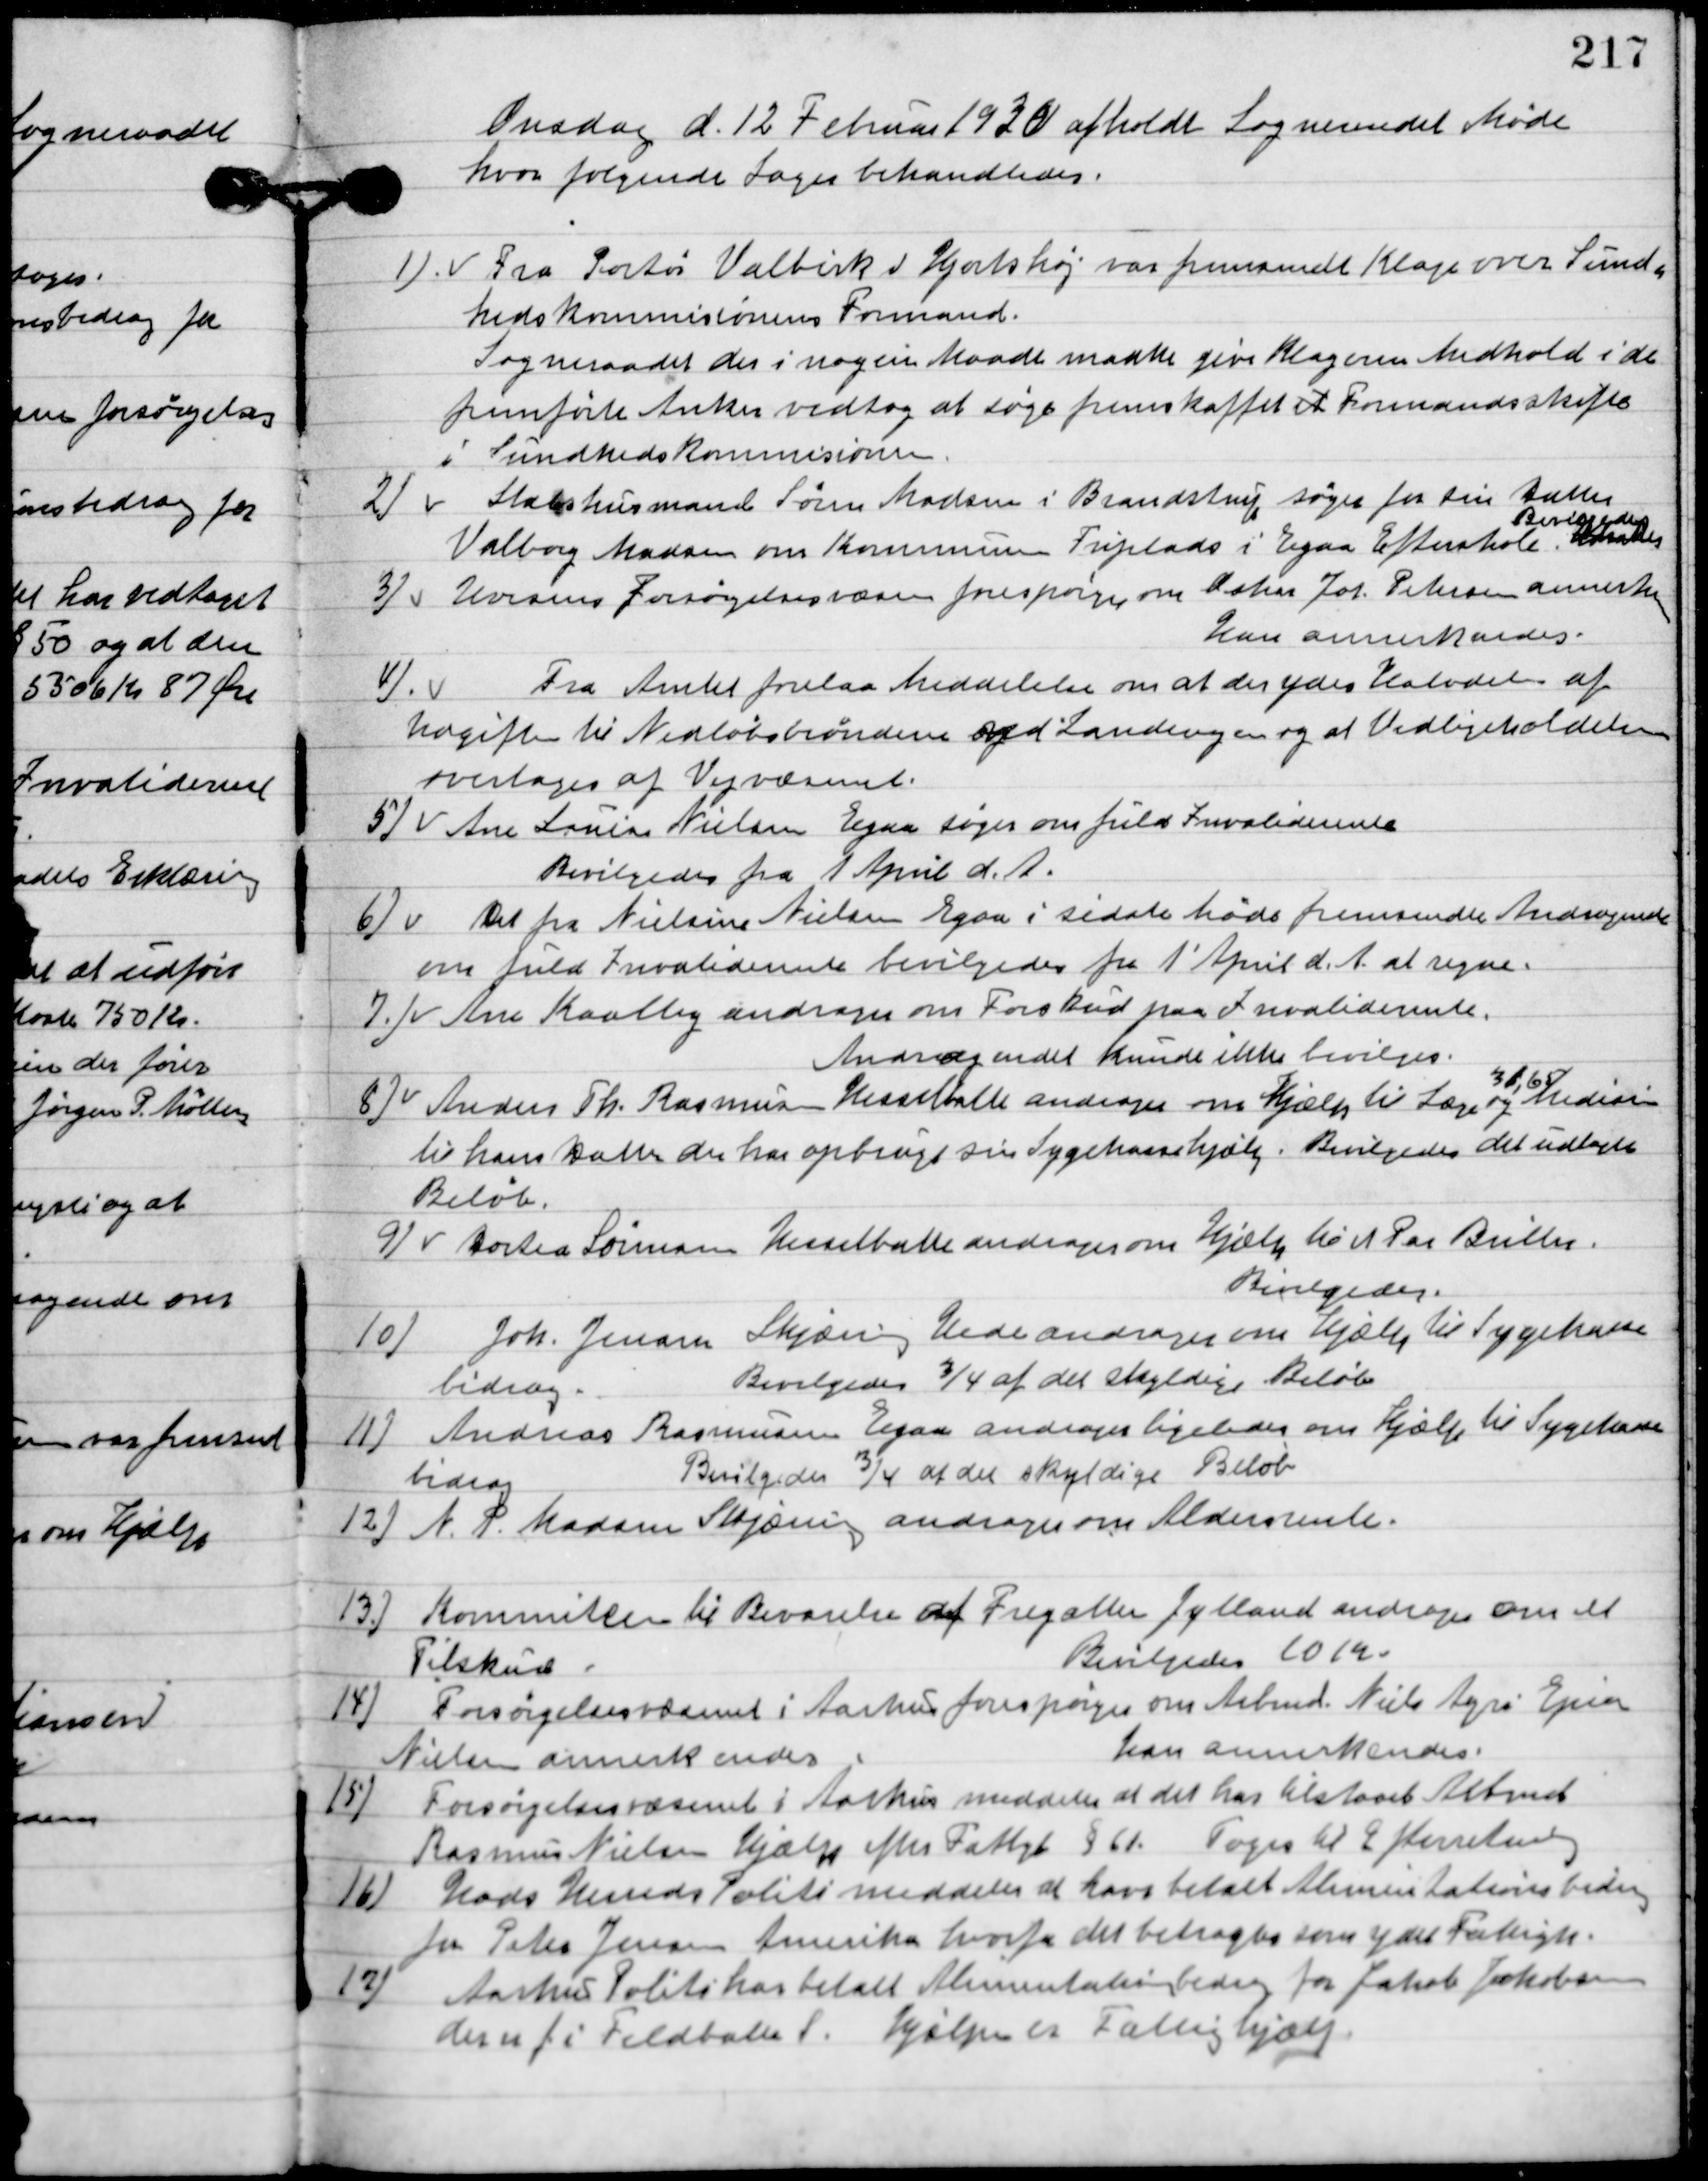
Transskription:
Onsdag d. 12. Februar 1930 afholdt Sogneraadet Møde
hvor følgende sager behandledes.

1

Fra Portør Valbirk v. Hjorthøj var fremsendt Klage over Sund-
hedskommissionens Formand.
Sogneraadet der i nogen Maade maatte give Klageren medhold i de
fremførte Ankes vedtog at søge fremskaffet Formandsskifte
 i Sundhedskommissionen.

2

Statshusmand Søren Madsen i Brandstrup søger for sin Datter
Valborg Madsen om Kommunen Friplads i Egaa Efterskole.
Bevilgedes.

3

Horsens Forsørgelsesvæsen forespørger om Mar Jos. Petersen annerkendelse 
Han annerkendes.

4

Fra Amtet forelaa meddelelse om at der ydes halvdelen af
udgifter til Nedløbsbrønden ved Landevejen og at Vedligeholdelsen
overtages af Vejvæsenet.

5

Ane Laurine Nielsen Egaa søger om fuld Invaliderente
Bevilgedes fra 1. April d. A.

6

Det fra Nilsine Nielsen Egaa i sidste Møde fremsender Andragende
om fuld Invaliderente bevilgedes fra 1. April d. A. at regne.

7

Ane Kaalby andrager om Forskud paa Invaliderente.
 Andragendet kunde ikke bevilges.

8

Anders Th. Rasmussen Hesselballe andrager om hjælp til læge og Medisin
31,65
til hans datter der har opbrugt sin Sygekassehjælp.
Bevilgedes det udlagte
Beløb.

9

Dortea Sørensen Hesselballe andrager om hjælp til et Par Briller.
Bevilgedes.

10

Joh. Jensen Skjæring Hede andrager om hjælp til Sygekasse-
bidrag.
Bevilgedes ¾ af det skyldige Beløb.

11

Andreas Rasmussen Egaa andrager ligeledes om hjælp til Sygkasse-
bidrag.
Bevilgedes ¾ af det skyldige Beløb.

12

A.P. Madsen Skjæring andrager om Aldersrente.

13

Komiteen til Bevarelse af Fregatten Jylland andrager om et
Tilskud.
Bevilgedes 10 Kr.

14

Forsørgelsesvæsenet i Aarhus forespørger om Arbmd. Niels Agri Ejner
Nielsen annerkendes.
Han annerkendes.

15

Forsørgelsesvæsenet i Aarhusmeddeler at det har tilstodet Arbmd.
Rasmus Nielsen hjælp efter Fattigh. § 61 – Toges til Efterretning.

16

Hasle Herreds Politi meddeler at have betalt Alimentationsbidrag
for Peter Jensen Amerika hvorfra det betragtes som ydet Fattigh.

17

Aarhus Politi har betalt Alimentationsbidrag for Jakob Jakobsen
der er fra Feldballe S.
Hjælpen er Fattighjælp.